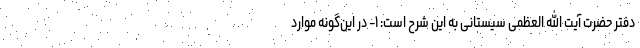
دفتر حضرت آیت الله العظمی سیستانی به این شرح است: ۱- در این‌گونه موارد